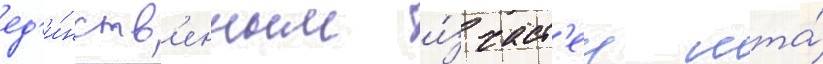
ед'и́нств'енным и́з част'еи мта́